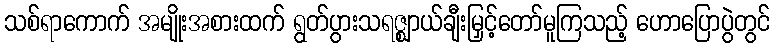
သစ်ရာကောက် အမျိုးအစားထက် ရွတ်ပွားသရဇ္ဈာယ်ချီးမြှင့်တော်မူကြသည့် ဟောပြောပွဲတွင်